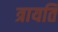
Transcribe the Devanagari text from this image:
त्रायति